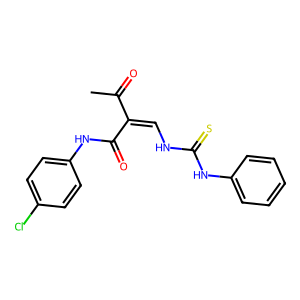
SMILES: CC(=O)C(=CNC(=S)Nc1ccccc1)C(=O)Nc1ccc(Cl)cc1
Inhibits HIV replication: No